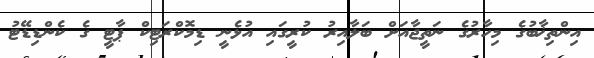
އިންތިޚާބުގެ މިހާރުގެ ނަތީޖާއަށް ބަލާއިރު ކުރީގައި އުޅެނީ ޑިމޮކްރަޓިކް ޕާޓީ ގެ ކެންޑިޑޭޓު